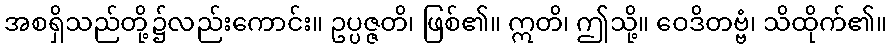
အစရှိသည်တို့၌လည်းကောင်း။ ဥပ္ပဇ္ဇတိ၊ ဖြစ်၏။ ဣတိ၊ ဤသို့။ ဝေဒိတဗ္ဗံ၊ သိထိုက်၏။